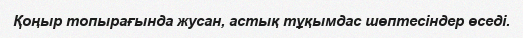
Қоңыр топырағында жусан, астық тұқымдас шөптесіндер өседі.